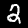
Label: 2